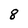
Character: 8